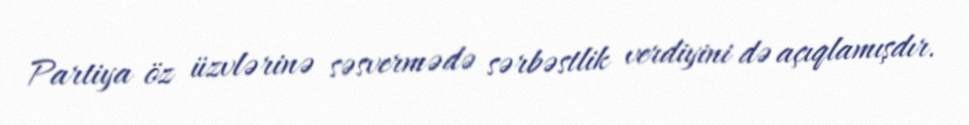
Partiya öz üzvlərinə səsvermədə sərbəstlik verdiyini də açıqlamışdır.